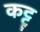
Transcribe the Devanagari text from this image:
कट्टू